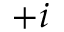
+ i